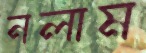
নলাম